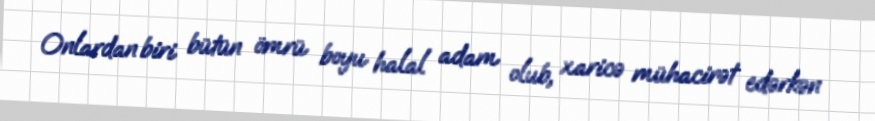
Onlardan biri bütün ömrü boyu halal adam olub, xaricə mühacirət edərkən